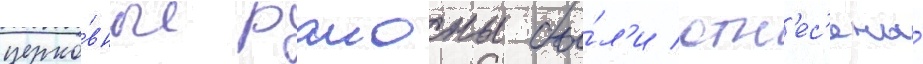
церко́вные раионы бы́л'и отн'ес'ены́